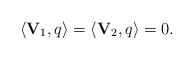
LaTeX: \begin{align*}\langle \mathbf{V}_{1},q\rangle =\langle \mathbf{V}_{2},q\rangle =0.\end{align*}